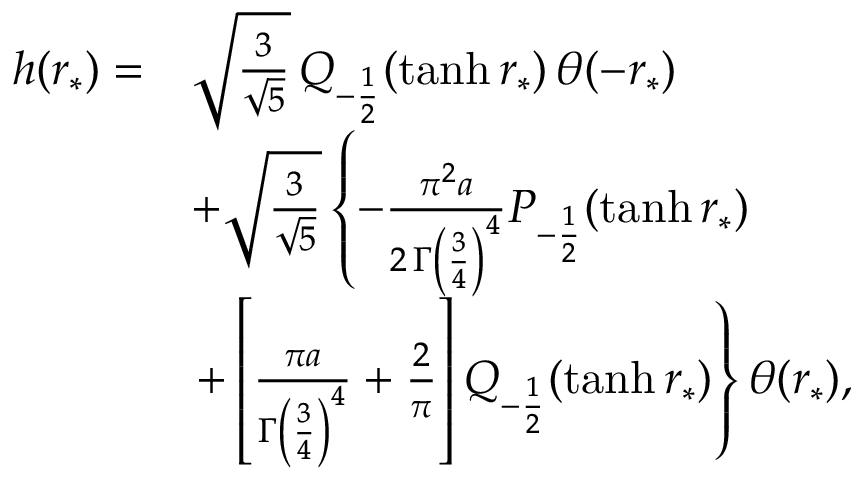
\begin{array} { r l } { h ( r _ { * } ) = } & { \sqrt { \frac { 3 } { \sqrt { 5 } } } \, Q _ { - \frac { 1 } { 2 } } ( \operatorname { t a n h } r _ { * } ) \, \theta ( - r _ { * } ) } \\ & { + \sqrt { \frac { 3 } { \sqrt { 5 } } } \left\{ - \frac { \pi ^ { 2 } a } { 2 \, \Gamma \left( \frac { 3 } { 4 } \right) ^ { 4 } } P _ { - \frac { 1 } { 2 } } ( \operatorname { t a n h } r _ { * } ) \right. } \\ & { \left. + \left[ \frac { \pi a } { \Gamma \left( \frac { 3 } { 4 } \right) ^ { 4 } } + \frac { 2 } { \pi } \right] Q _ { - \frac { 1 } { 2 } } ( \operatorname { t a n h } r _ { * } ) \right\} \theta ( r _ { * } ) , } \end{array}